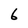
Character: 6